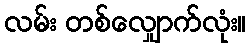
လမ်း တစ်လျှောက်လုံး။